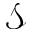
\mathcal { S }